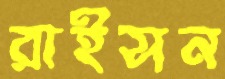
রাইসন